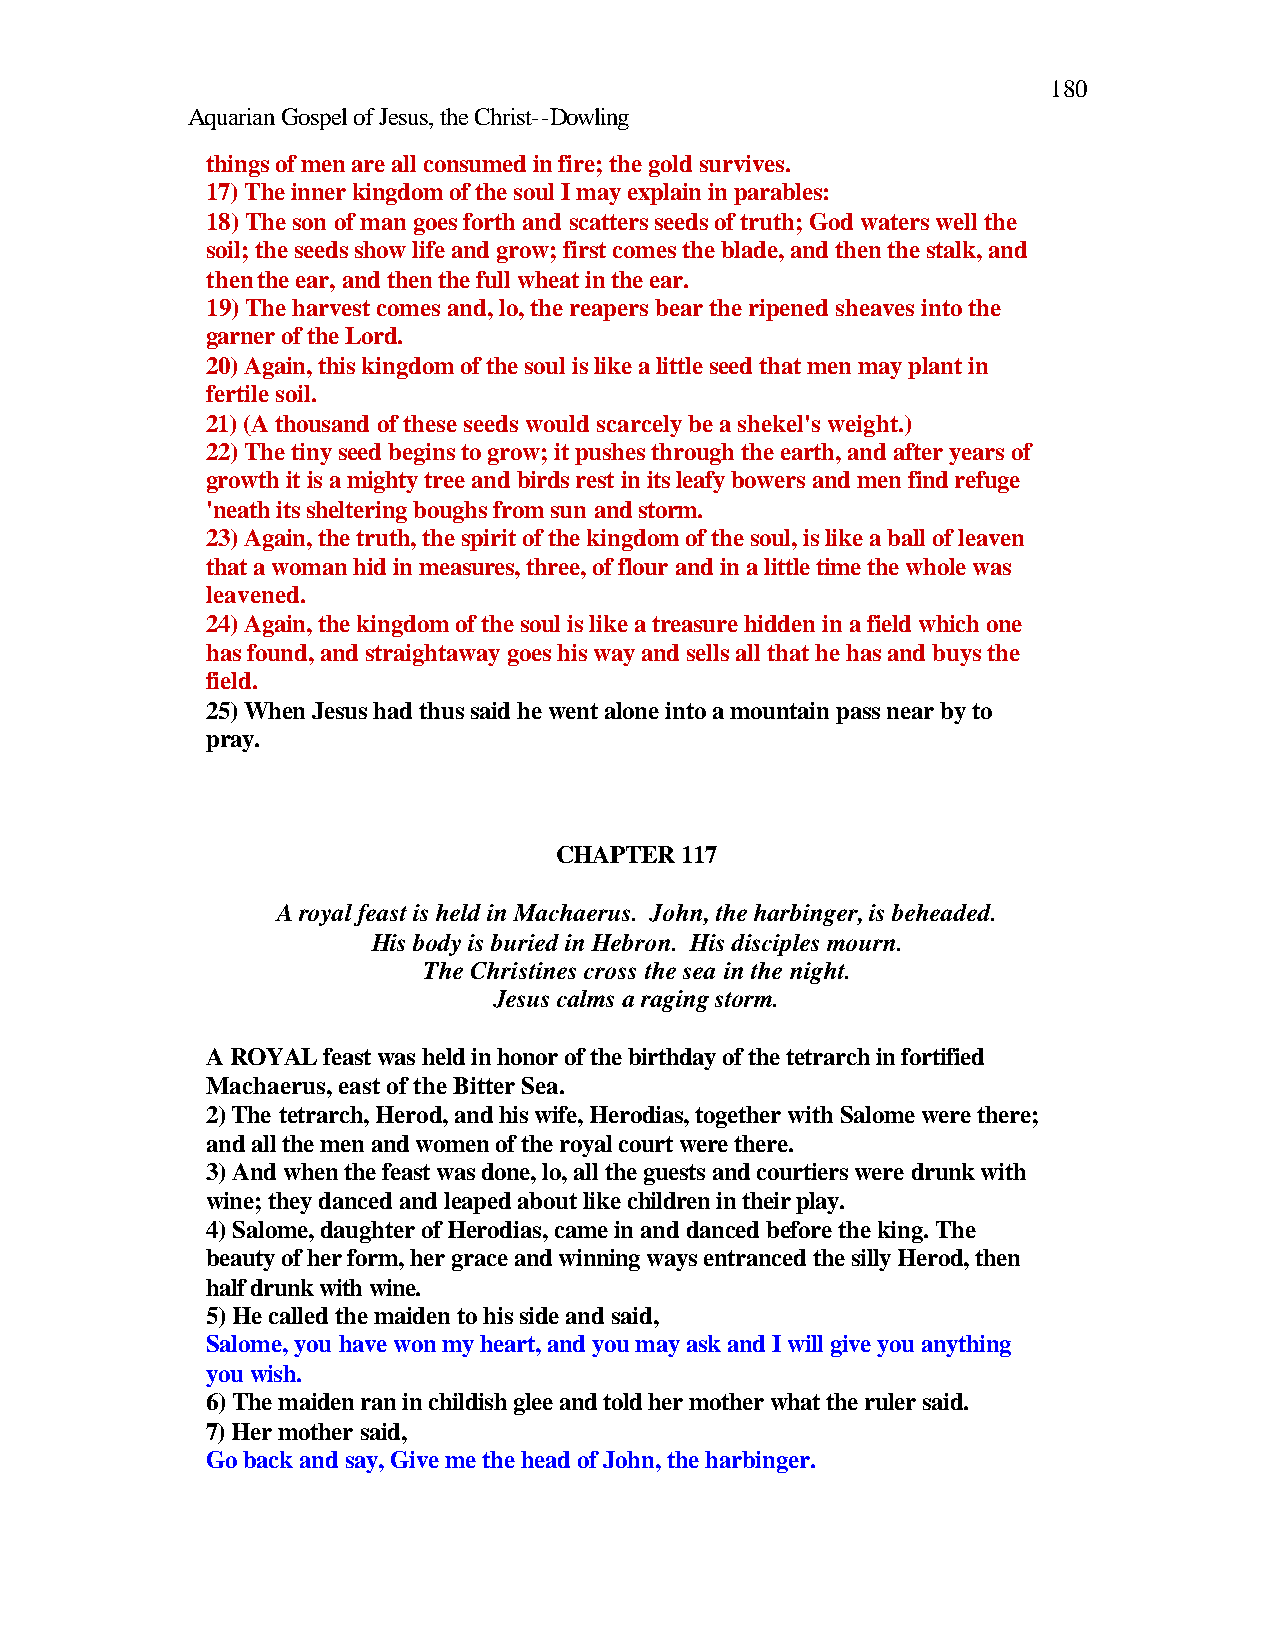
180
 Aquarian Gospel of Jesus, the Christ--Dowling
 things of men are all consumed in fire; the gold survives.
 17) The inner kingdom of the soul I may explain in parables:
 18) The son of man goes forth and scatters seeds of truth; God waters well the
 soil; the seeds show life and grow; first comes the blade, and then the stalk, and
 then the ear, and then the full wheat in the ear.
 19) The harvest comes and, lo, the reapers bear the ripened sheaves into the
 garner of the Lord.
 20) Again, this kingdom of the soul is like a little seed that men may plant in
 fertile soil.
 21) (A thousand of these seeds would scarcely be a shekel's weight.)
 22) The tiny seed begins to grow; it pushes through the earth, and after years of
 growth it is a mighty tree and birds rest in its leafy bowers and men find refuge
 'neath its sheltering boughs from sun and storm.
 23) Again, the truth, the spirit of the kingdom of the soul, is like a ball of leaven
 that a woman hid in measures, three, of flour and in a little time the whole was
 leavened.
 24) Again, the kingdom of the soul is like a treasure hidden in a field which one
 has found, and straightaway goes his way and sells all that he has and buys the
 field.
 25) When Jesus had thus said he went alone into a mountain pass near by to
 pray.
 CHAPTER 117
 A royal feast is held in Machaerus. John, the harbinger, is beheaded.
 His body is buried in Hebron. His disciples mourn.
 The Christines cross the sea in the night.
 Jesus calms a raging storm.
 A ROYAL feast was held in honor of the birthday of the tetrarch in fortified
 Machaerus, east of the Bitter Sea.
 2) The tetrarch, Herod, and his wife, Herodias, together with Salome were there;
 and all the men and women of the royal court were there.
 3) And when the feast was done, lo, all the guests and courtiers were drunk with
 wine; they danced and leaped about like children in their play.
 4) Salome, daughter of Herodias, came in and danced before the king. The
 beauty of her form, her grace and winning ways entranced the silly Herod, then
 half drunk with wine.
 5) He called the maiden to his side and said,
 Salome, you have won my heart, and you may ask and I will give you anything
 you wish.
 6) The maiden ran in childish glee and told her mother what the ruler said.
 7) Her mother said,
 Go back and say, Give me the head of John, the harbinger.